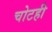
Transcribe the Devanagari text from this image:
चोटही